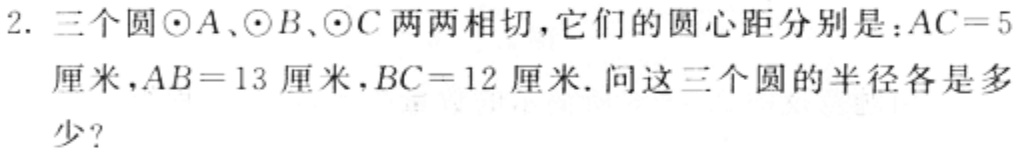
2. 三个圆$\odot A$、$\odot B$、$\odot C$两两相切，它们的圆心距分别是：$AC = 5$厘米，$AB = 13$厘米，$BC = 12$厘米. 问这三个圆的半径各是多少？